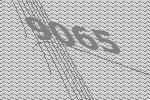
9065